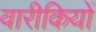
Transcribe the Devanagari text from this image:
वारीकियों